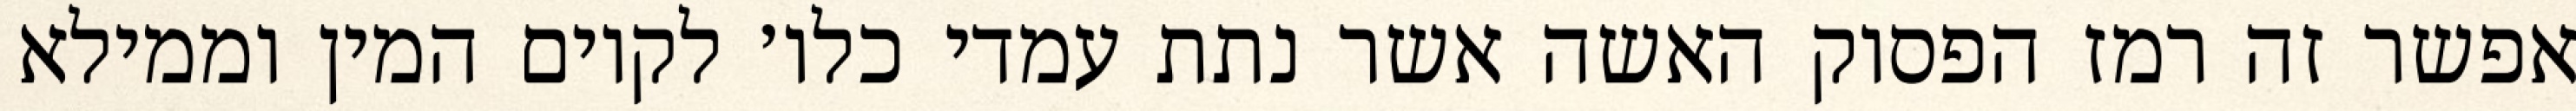
אפשר זה רמז הפסוק האשה אשר נתת עמדי כלו׳ לקיום המין וממילא